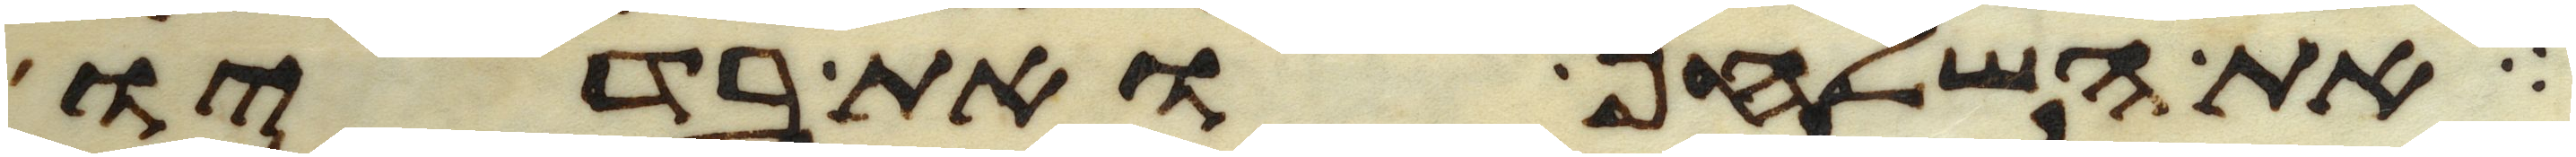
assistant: את השלחן ואת בדיו